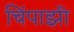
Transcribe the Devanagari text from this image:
चिंपाझी